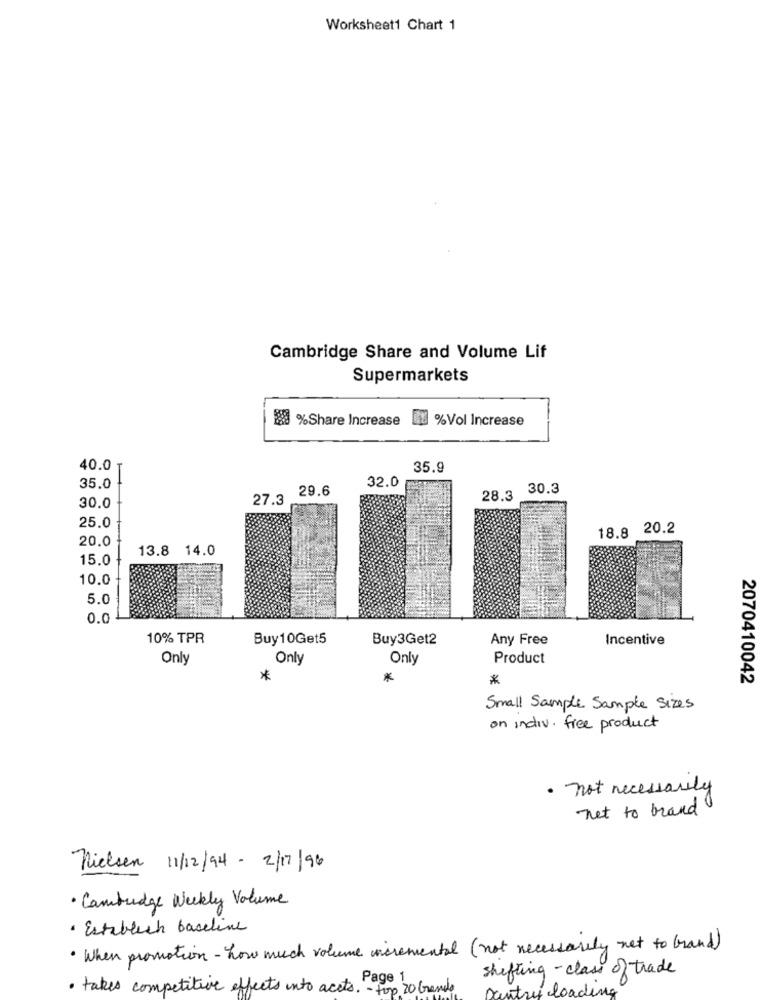
Worksheet1 Chart 1
Cambridge Share and Volume Lif
Supermarkets
2 %Share Increase
%Vol Increase
40.0
35.9
32.0
35.0
29.6
30.3
27.3
28.3
30.0
25.0
18.8 20.2
20.0
13.8 14.0
15.0
10.0
5.0
0.0
10% TPR
Buy10Get5
Buy3Get2
Any Free
Incentive
Only
Only
Only
Product
*
*
2070410042
Small Sample Sample Sizes
on indiv. free product
· not necessarily
net to brand
nielsen 11/12/94 - 2/17/96
· Cambudge Weekly Volume
· Establish baseline
· When promotion - how much volume incremental (not necessarily net to Grand)
shifting - class of trade
· takes competitive effects into accts. - top 20 Grande
Pantry loading